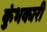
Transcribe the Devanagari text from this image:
कुंभकारी